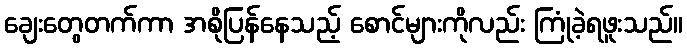
ချေးတွေတက်ကာ အစိုပြန်နေသည့် စောင်များကိုလည်း ကြုံခဲ့ရဖူးသည်။